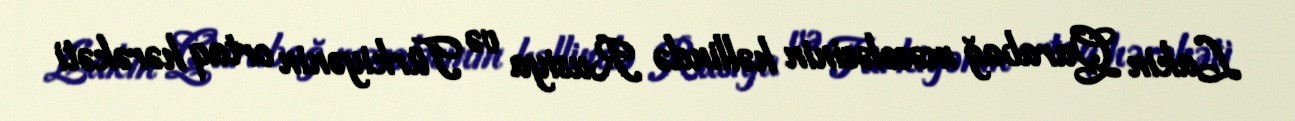
Lakin Qarabağ məsələsinin həllində Rusiya və Türkiyənin ortaq hərəkəti